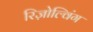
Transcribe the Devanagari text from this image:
रिज़ोल्विंग